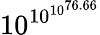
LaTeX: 10^{10^{10^{76.66}}}